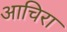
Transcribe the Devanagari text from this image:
आचिरा